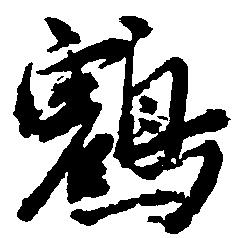
鶴